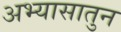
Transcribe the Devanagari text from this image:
अभ्यासातुन